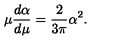
\mu \frac { d \alpha } { d \mu } = \frac { 2 } { 3 \pi } \alpha ^ { 2 } .